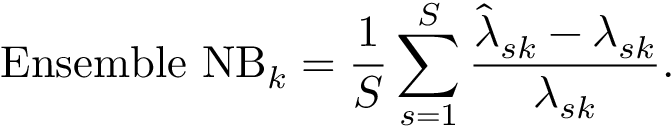
\mathrm { E n s e m b l e ~ N B } _ { k } = \frac { 1 } { S } \sum _ { s = 1 } ^ { S } \frac { \hat { { \lambda } } _ { s k } - { { \lambda } _ { s k } } } { { { \lambda } _ { s k } } } .